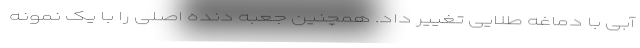
آبی با دماغه طلایی تغییر داد. همچنین جعبه دنده اصلی را با یک نمونه